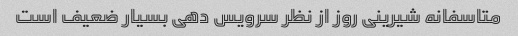
متاسفانه شیرینی روز از نظر سرویس دهی بسیار ضعیف است